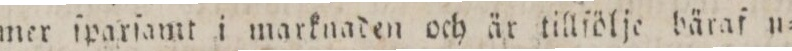
mer ſparſamt i marknaden och är tillſölje bäraf u=